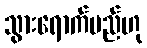
သွားရောက်မည်ဟု